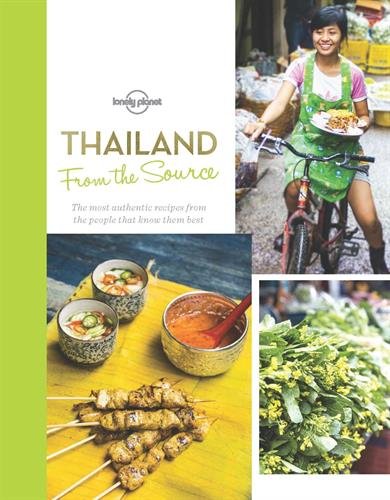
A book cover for From the Source - Thailand: Thailand's Most Authentic Recipes From the People That Know Them Best (Lonely Planet General Reference); Lonely Planet; Cookbooks, Food & Wine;